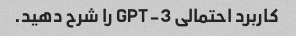
کاربرد احتمالی GPT-3 را شرح دهید.